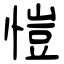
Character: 愷